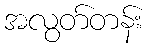
အလွတ်တန်း